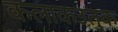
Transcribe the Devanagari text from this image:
कलाकउतुक